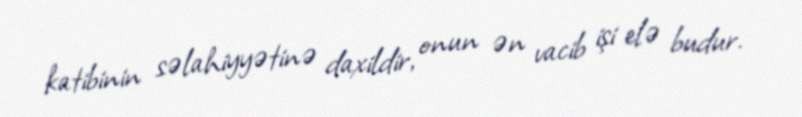
katibinin səlahiyyətinə daxildir, onun ən vacib işi elə budur.